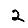
Digit: 2